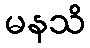
မနသိ